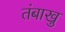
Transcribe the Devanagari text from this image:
तंबाखु